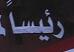
ريسا